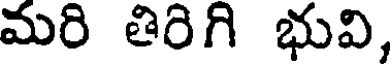
మరి తిరిగి భువి,